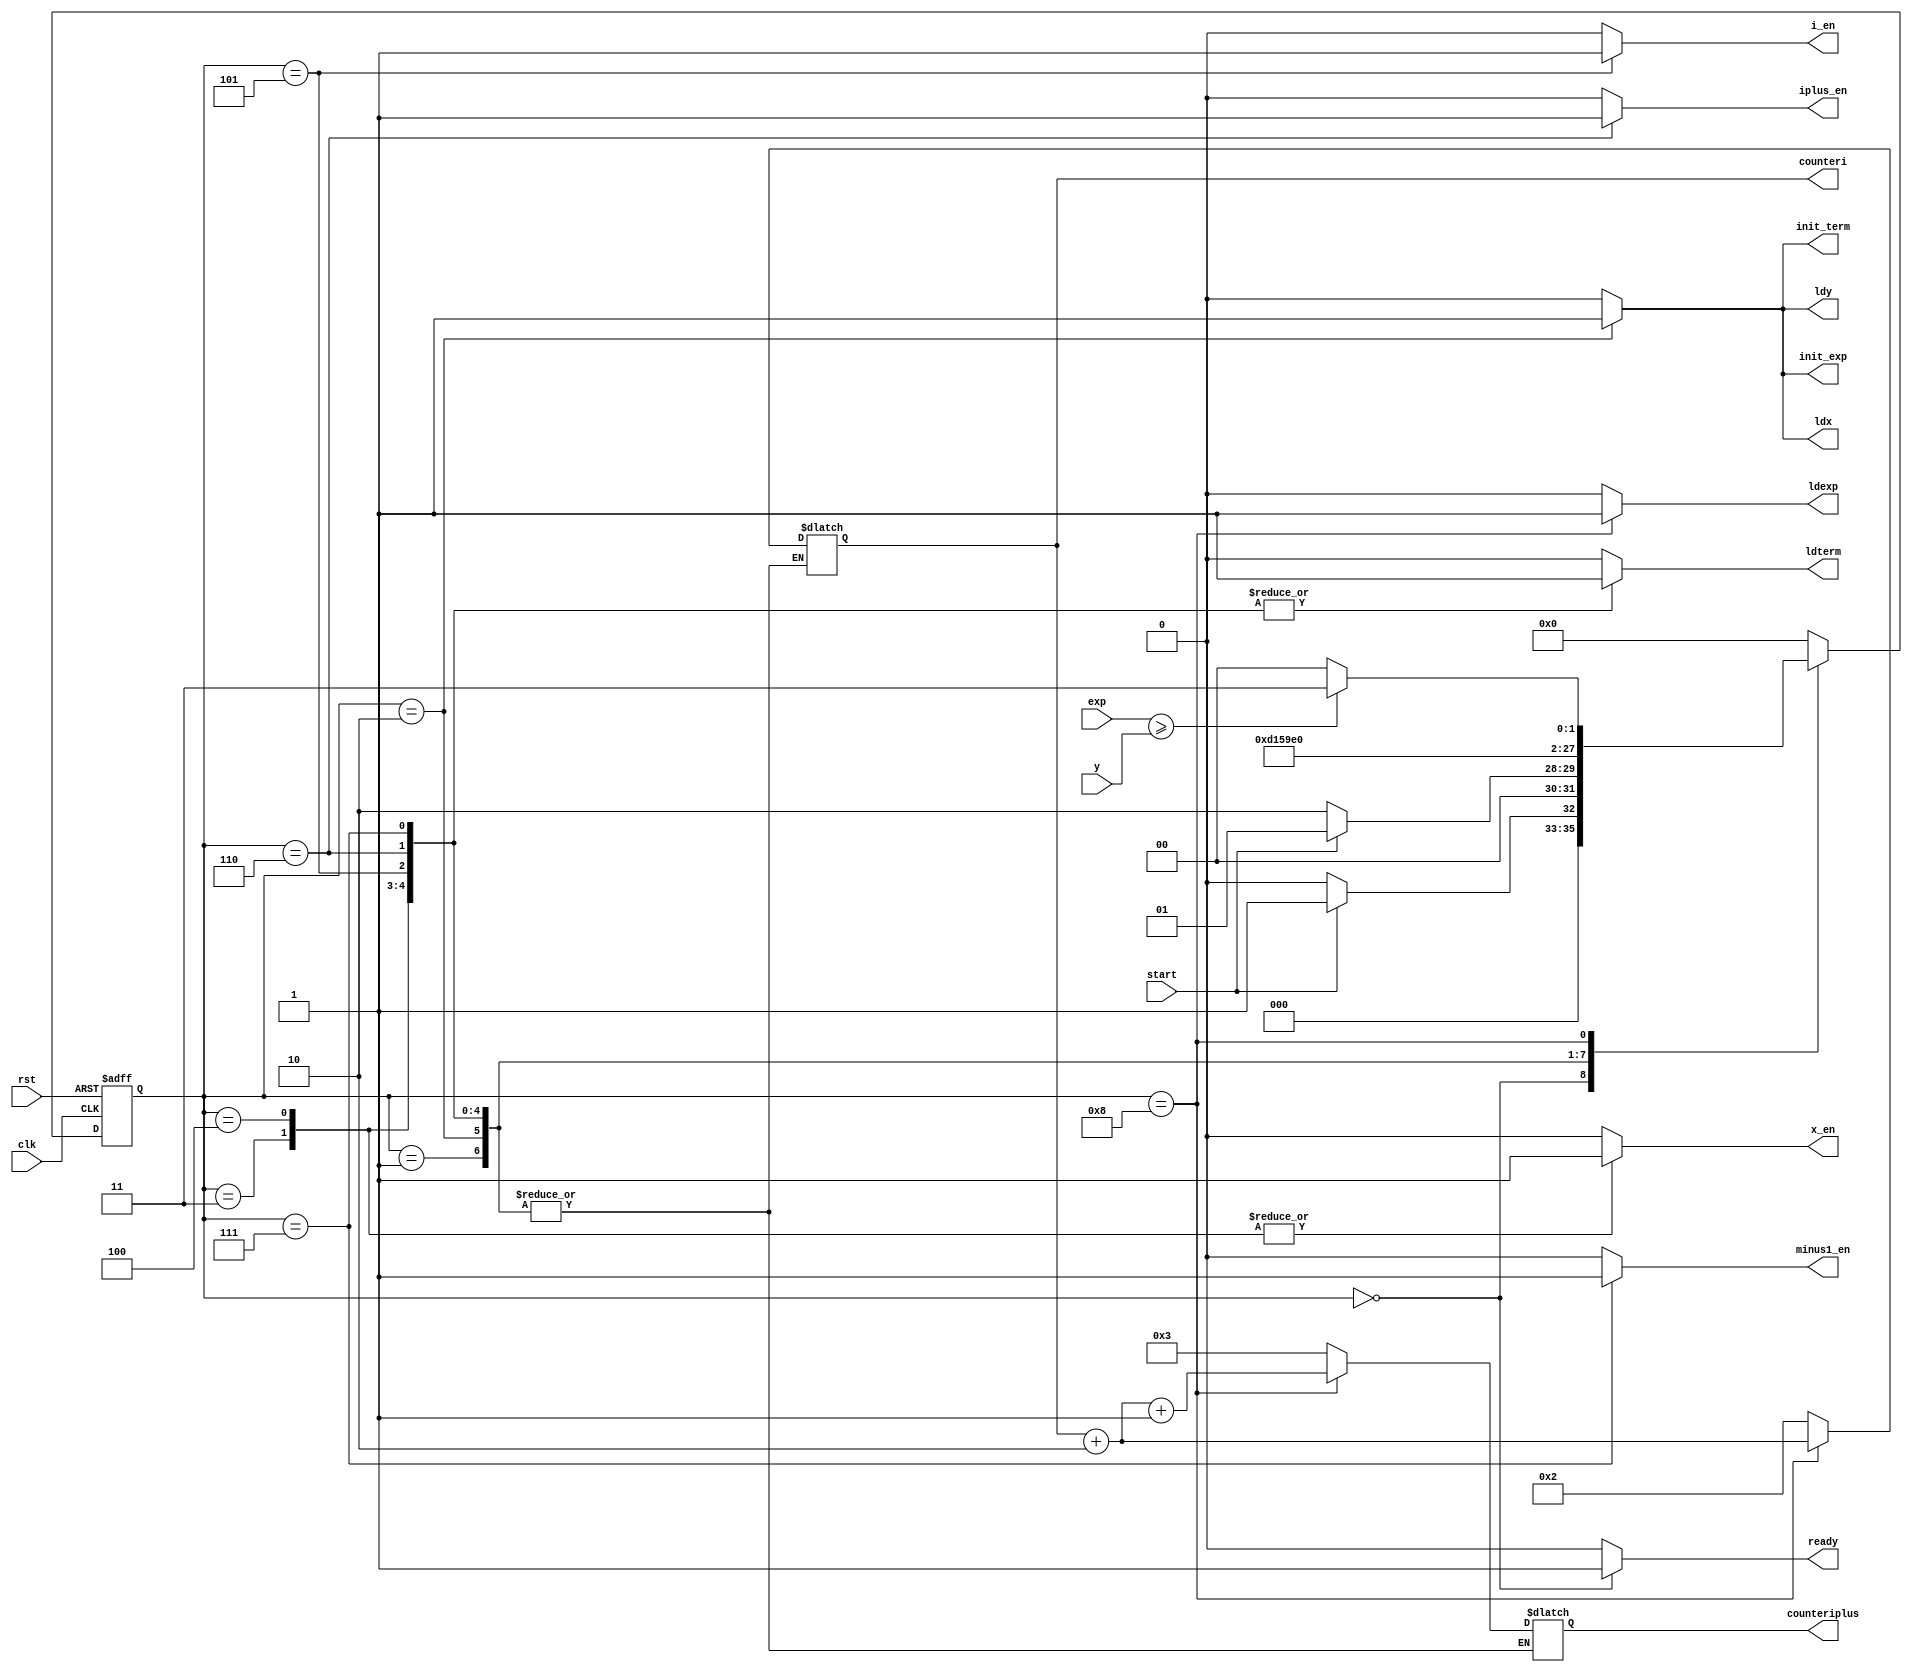
module Controller(input clk , input rst , input start , input [7:0] y , input signed [16:0] exp , output reg ready , ldx , ldy , ldterm , ldexp , init_term , init_exp , minus1_en , x_en , i_en , iplus_en , output reg [3:0] counteri , output reg [3:0] counteriplus);
  reg [3:0] ps , ns;
  
  always @(ps , start) begin
    ns = 4'b0000;
    {ready , ldx , ldy , ldterm , ldexp , init_term , init_exp , minus1_en , x_en , i_en , iplus_en} = 11'b0;
    case(ps)
      4'b0000: begin
        {ready , ldx , ldy , ldterm , ldexp , init_term , init_exp , minus1_en , x_en , i_en , iplus_en} = 11'b0;
        counteri = 4'b0010;
        counteriplus = 4'b0011;
        ready = 1;
        ns = start ? 4'b0001 : 4'b0000;
      end
    
      4'b0001: ns = start ? 4'b0001 : 4'b0010;
    
      4'b0010: begin
        ldx = 1;
        ldy = 1;
        init_term = 1;
        init_exp = 1;
        ns = 4'b0011;
      end
    
      4'b0011: begin
        ldexp = 0;
        init_term = 0;
        init_exp = 0;
        x_en = 1;
        ldterm = 1;
        ns = 4'b0100;
      end
    
      4'b0100: begin
        x_en = 1;
        ldterm = 1;
        ns = 4'b0101;
      end
    
      4'b0101: begin
        x_en = 0;
        i_en = 1;
        ldterm = 1;
        ns = 4'b0110;
      end
    
      4'b0110: begin
        i_en = 0;
        iplus_en = 1;
        ldterm = 1;
        ns = 4'b0111;
      end
    
      4'b0111: begin
        iplus_en = 0;
        minus1_en = 1;
        ldterm = 1;
        ns = 4'b1000;
      end

      4'b1000: begin
        ldterm = 0;
        ldexp = 1;
        counteri = counteri + 2;
        counteriplus = counteri + 1;
        if(exp >= y) begin
            ns = 4'b0011;
          end
        else begin
            ns = 4'b0000;
          end
      end
      default: begin
        {ready , ldx , ldy , ldterm , ldexp , init_term , init_exp , minus1_en , x_en , i_en , iplus_en} = 11'b0;
        counteri = 4'b0010;
        counteriplus = 4'b0011;
        ns = 4'b0000;
      end
    endcase
  end
  
  always @(posedge clk , posedge rst) begin
    if(rst) ps <= 4'b0000;
    else ps <= ns;  
  end

endmodule